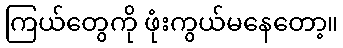
ကြယ်တွေကို ဖုံးကွယ်မနေတော့။